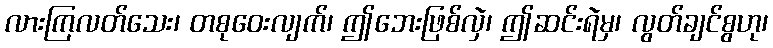
လားကြလတ်သေး၊ တစုဝေးလျက်၊ ဤဘေးဖြစ်လှဲ၊ ဤဆင်းရဲမှ၊ လွတ်ချင်စွဟု၊